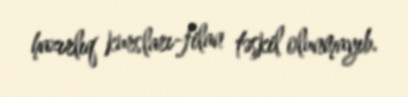
hazırlıq kursları-filan təşkil olunmayıb.